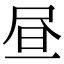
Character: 昼